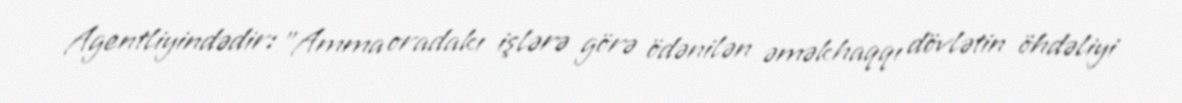
Agentliyindədir: "Amma oradakı işlərə görə ödənilən əməkhaqqı dövlətin öhdəliyi